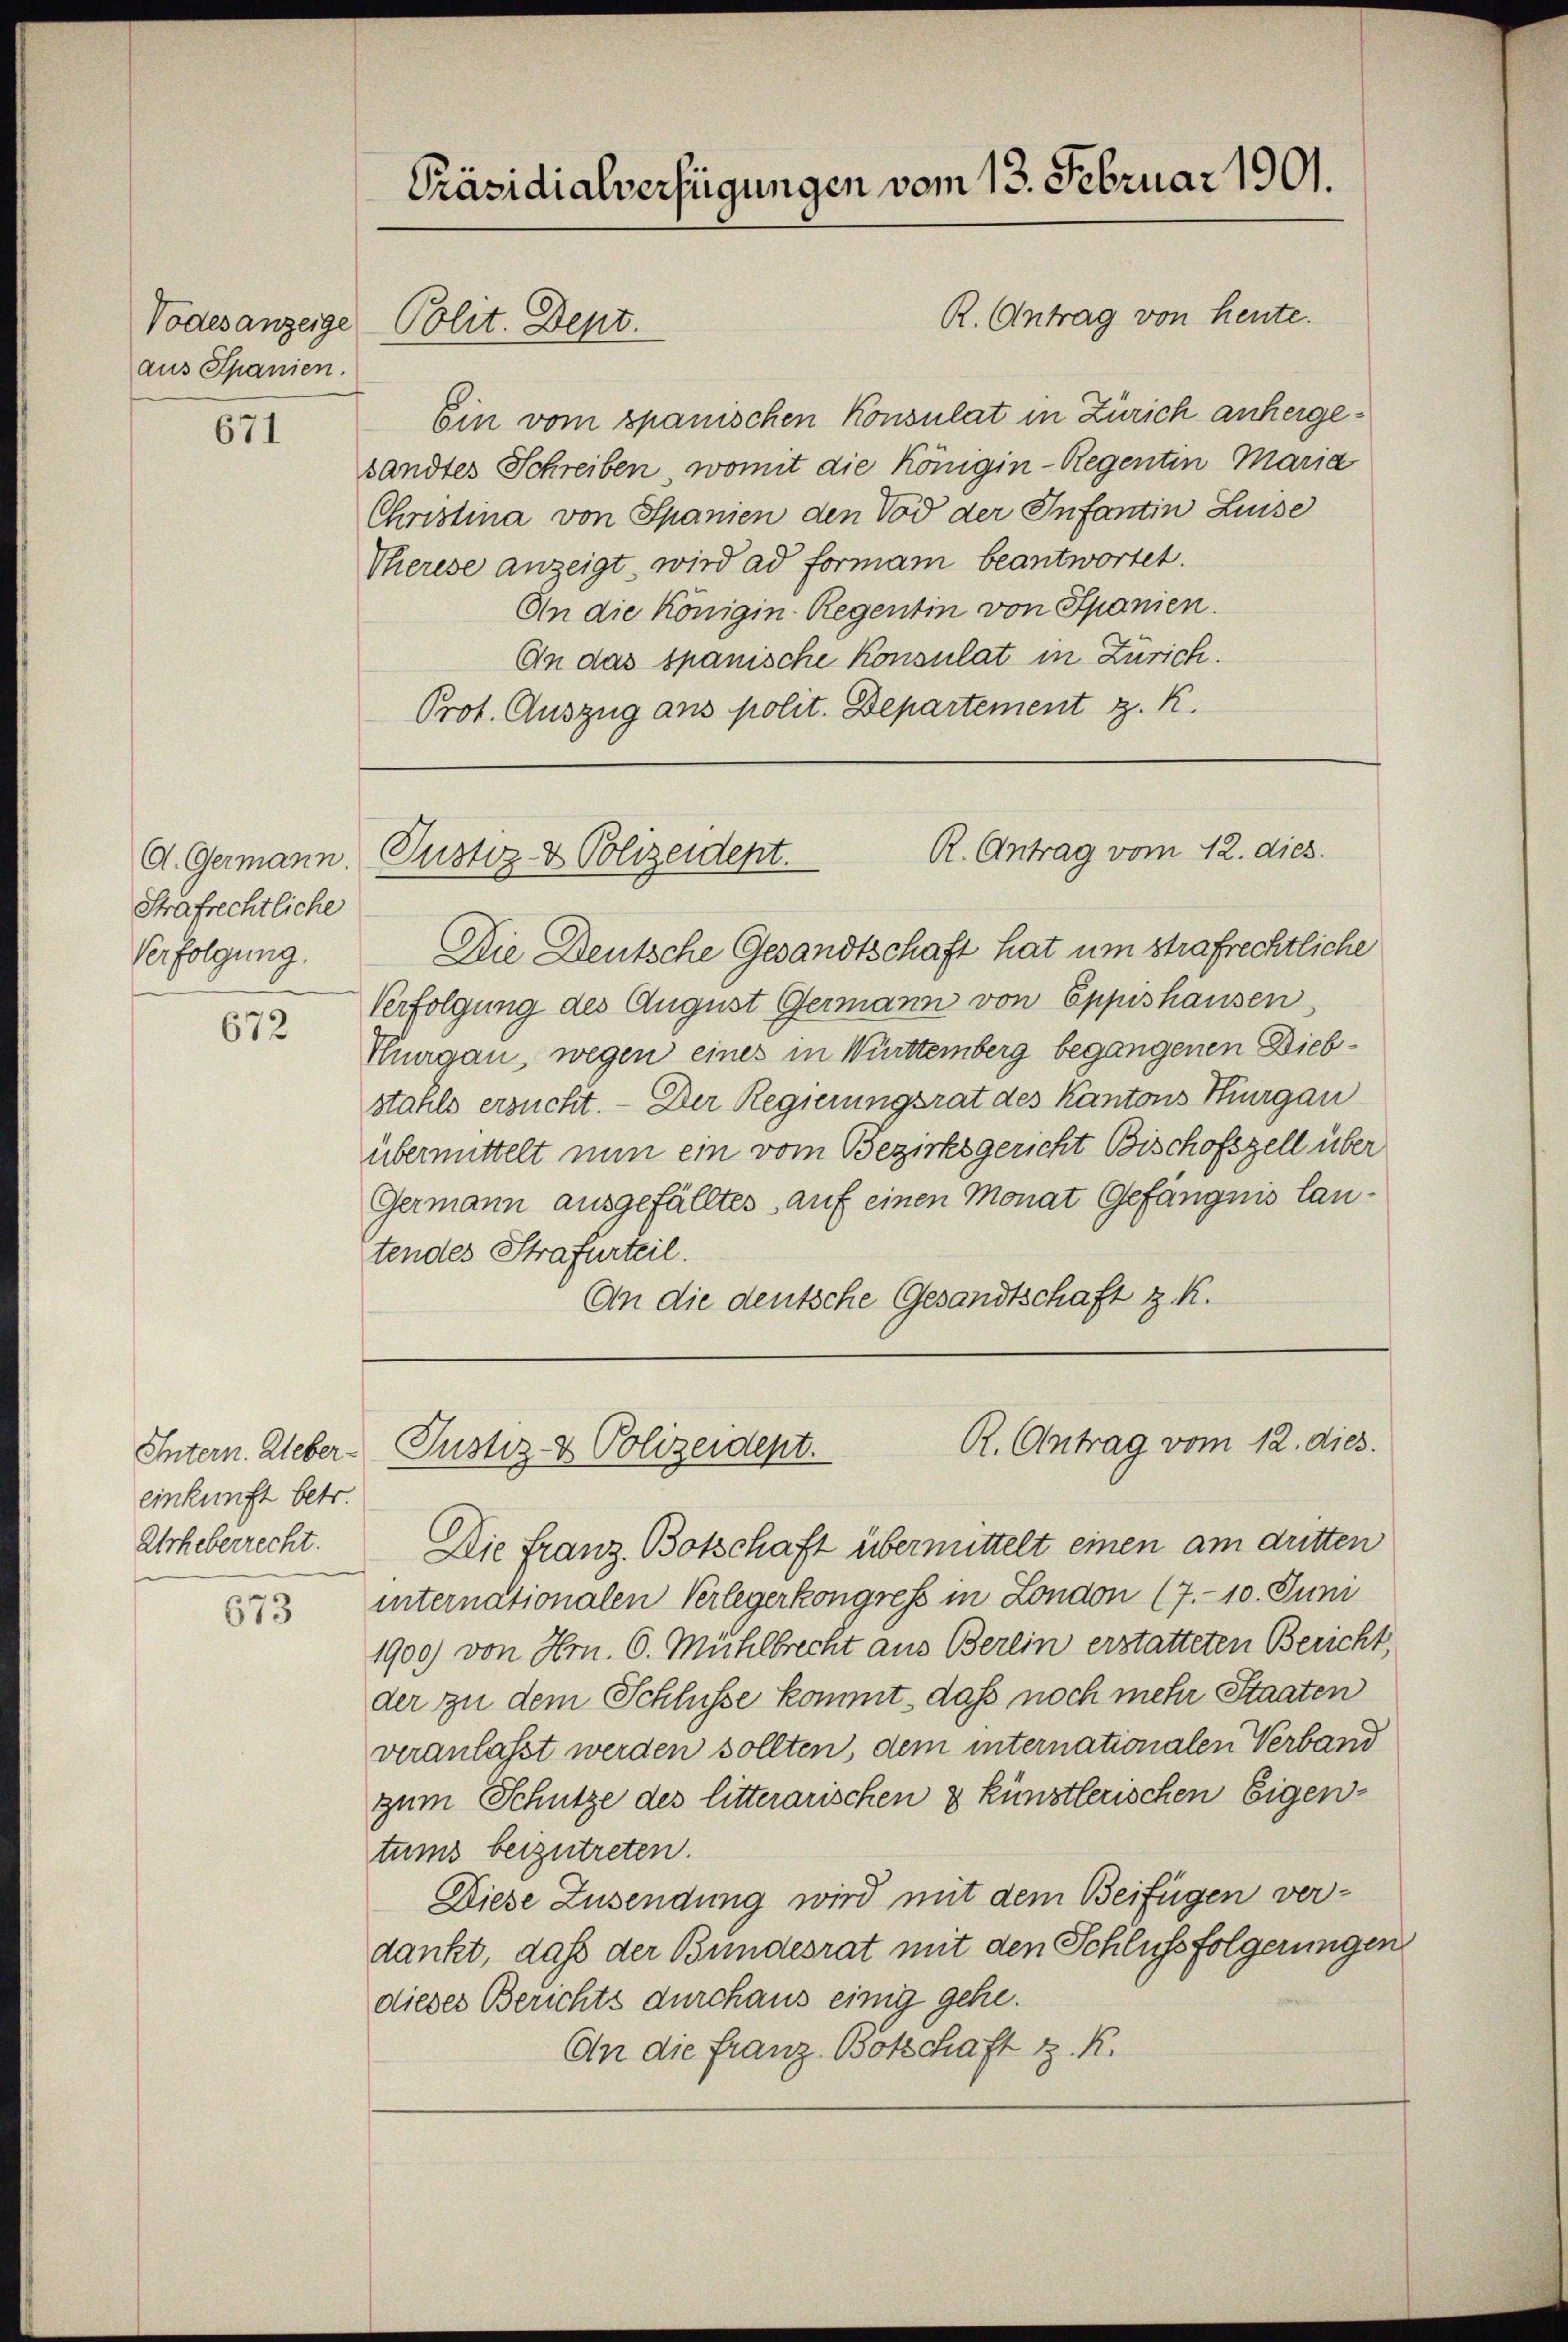
aus Spanien.

671

Strafrechtliche
Verfolgung.

672

einkunft betr.
Urheberrecht.

673

R. Antrag von heute.
Ein vom spanischen Konsulat in Zürich anhergesandtes Schreiben, womit die Königin-Regenten Maria
Christina von Spanien den Tod der Infantin Linse
Therese anzeigt wird ad formann beantwortet.
An die Königin Regentin von Spanien.
En das spanische Konsulat in Zürich.
Prot. Auszug aus polit. Departement z. K.

Präsidialverfügungen vom 13. Februar 1901.

Vodesanzeige Polit. Dept.

Die Deutsche Gesandtschaft hat um strafrechtliche
Verfolgung des August Germann von Eppishausen
Thurgau, wegen eines in Württemberg begangenen Diebstahls ersucht. — Der Regierungsrat des Kantons Thurgau
übermittelt nun ein vom Bezirksgericht Bischofszell über
Germann ausgefälltes auf einen Monat Gefängnis lantendes Strafurteil.
An die deutsche Gesandtschaft z. R.

Die Franz Botschaft übermittelt einen am dritten
internationalen Verlegerkongress in London (7.- 10. Juni
1900) von Hrn. 6. Mühlbrecht aus Berlin erstatteten Bericht,
der zu dem Schlüsse kommt, daß noch mehr Staaten
veranlasst werden sollten, dem internationalen Verband
zum Schütze des litterarischen 3 künstlerischen Eigentums beizutreten.
Diese Zusendung wird mit dem Beifügen ver-
dankt, daß der Bundesrat mit den Schlussfolgerungen
dieses Berichts durchaus einig gehe.
An die franz Botschaft z. R.

R. Antrag vom 12. dies.
d. Germann, Justiz- & Polizeidept.

R. Antrag vom 12. dies
Untern. Ueber- Justiz- & Polizeidept.